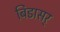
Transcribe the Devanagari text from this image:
बिडासर्